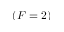
( F = 2 )